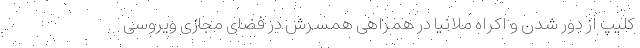
کلیپ از دور شدن و اکراه ملانیا در همراهی همسرش در فضای مجازی ویروسی